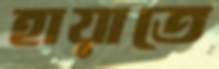
হায়াতে